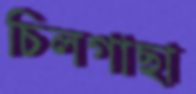
চিলগাছা